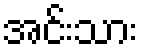
အင်းသား